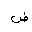
Letter: _dad